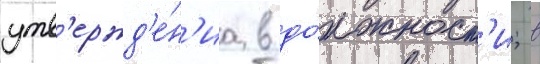
утв'ержд'е́н'иа в до́лжност'и; в